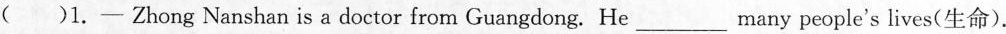
（）1.—Zhong Nanshan is a doctor from Guangdong.He___many people's lives（生命）.